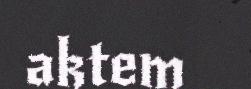
aktem